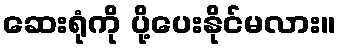
ဆေးရုံကို ပို့ပေးနိုင်မလား။